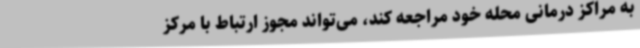
به مراکز درمانی محله خود مراجعه کند، می‌تواند مجوز ارتباط با مرکز